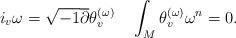
LaTeX: \begin{align*}i_{v}\omega=\sqrt{-1}\overline{\partial}\theta_{v}^{(\omega)}\quad \int_{M}\theta_{v}^{(\omega)}\omega^{n}=0.\end{align*}